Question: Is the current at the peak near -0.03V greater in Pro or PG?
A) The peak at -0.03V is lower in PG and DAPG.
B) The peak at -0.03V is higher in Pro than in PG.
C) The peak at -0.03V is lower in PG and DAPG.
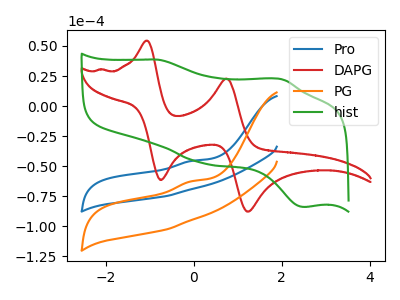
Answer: <think>The blue curve "Pro" has an anodic peak at: (-0.05V, -45.55uA). The red curve "DAPG" has anodic peaks at (-1.05V, 54.40uA) (0.75V, 22.85uA) and cathodic peaks at (-0.75V, -61.55uA) (1.20V, -87.85uA). The orange curve "PG" has an anodic peak at: (-0.05V, -62.45uA). The green curve "hist" has anodic peaks at (-0.80V, 38.55uA) (2.00V, 22.20uA) and cathodic peaks at (0.25V, -47.70uA) (2.50V, -84.00uA).</think>
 <answer>B) The peak at -0.03V is higher in "Pro" than in "PG".</answer>
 <eval>B</eval>